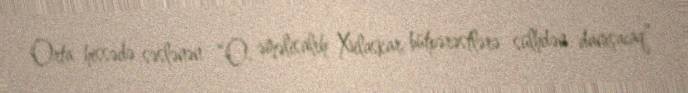
Orta hissədə səslənən “O, əməlisaleh Xilaskar bütpərəstlərə sülhdən danışacaq”